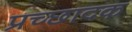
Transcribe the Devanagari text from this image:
प्रच्छादक